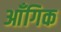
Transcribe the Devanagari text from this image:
आँगिक